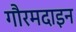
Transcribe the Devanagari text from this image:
गौरमदाइन